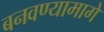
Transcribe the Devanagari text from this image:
बनवण्यामागे